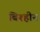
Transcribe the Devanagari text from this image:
बिश्हीन